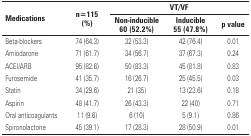
| <ROWSPAN=2> Medications | <ROWSPAN=2> n=115 (%) | <COLSPAN=3> VT/VF |
 | Non-inducible 60 (52.2%) | Inducible 55 (47.8%) | p value |
 | --- | --- | --- | --- | --- |
 | Beta-blockers | 74 (64.3) | 32 (53.3) | 42 (76.4) | 0.01 |
 | Amiodarone | 71 (61.7) | 34 (56.7) | 37 (67.3) | 0.24 |
 | ACEI/ARB | 95 (82.6) | 50 (83.3) | 45 (81.8) | 0.83 |
 | Furosemide | 41 (35.7) | 16 (26.7) | 25 (45.5) | 0.03 |
 | Statin | 34 (29.6) | 21 (35) | 13 (23.6) | 0.18 |
 | Aspirin | 48 (41.7) | 26 (43.3) | 22 (40) | 0.71 |
 | Oral anticoagulants | 11 (9.6) | 6 (10) | 5 (9.1) | 0.86 |
 | Spironolactone | 45 (39.1) | 17 (28.3) | 28 (50.9) | 0.01 |